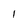
Character: I